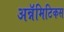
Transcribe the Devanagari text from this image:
अन्नॅमिटिकस